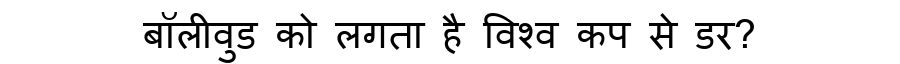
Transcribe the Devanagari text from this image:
बॉलीवुड को लगता है विश्व कप से डर?